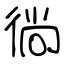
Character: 徜